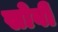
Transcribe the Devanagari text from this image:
सोवी